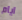
ايام